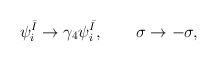
\begin{align*}\psi _{i}^{\bar{I}}\rightarrow \gamma _{4}\psi _{i}^{\bar{I}},\qquad \sigma\rightarrow -\sigma , \end{align*}